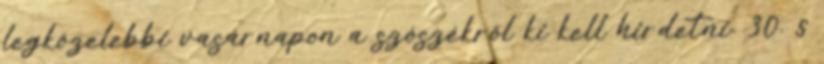
legközelebbi vasárnapon a szószékről ki kell hirdetni. 30. §